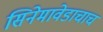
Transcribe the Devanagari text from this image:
सिनेमावेडाचाच